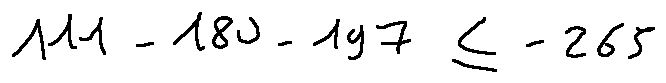
1 1 1 - 1 8 0 - 1 9 7 \leq - 2 6 5